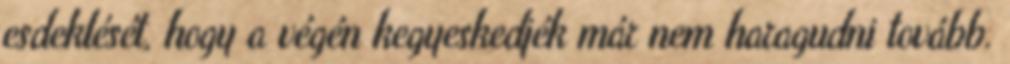
esdeklését, hogy a végén kegyeskedjék már nem haragudni tovább.